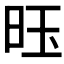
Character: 𫞂